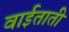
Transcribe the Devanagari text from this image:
वाईताती